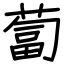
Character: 蔔